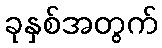
ခုနှစ်အတွက်